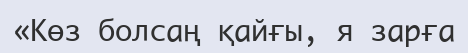
«Көз болсаң қайғы, я зарға